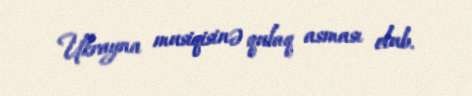
Ukrayna musiqisinə qulaq asması olub.